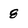
Character: 8